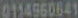
0114960641